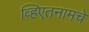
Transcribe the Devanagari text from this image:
व्हिएतनामचे